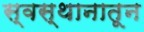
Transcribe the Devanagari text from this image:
स्वस्थानातून